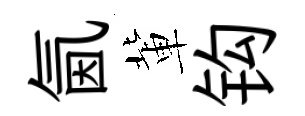
氤軰钩